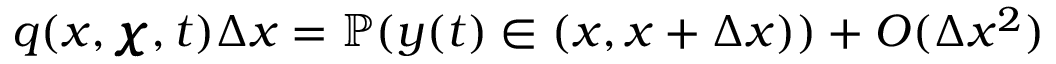
q ( x , \pmb { \chi } , t ) \Delta x = \mathbb { P } ( y ( t ) \in ( x , x + \Delta x ) ) + O ( \Delta x ^ { 2 } )